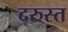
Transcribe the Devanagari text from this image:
दरुस्त